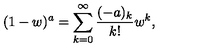
( 1 - w ) ^ { a } = \sum _ { k = 0 } ^ { \infty } { \frac { ( - a ) _ { k } } { k ! } } w ^ { k } ,